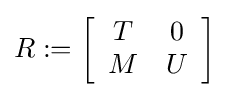
R:=\left[{\begin{array}{cc}T&0\\M&U\\\end{array}}\right]